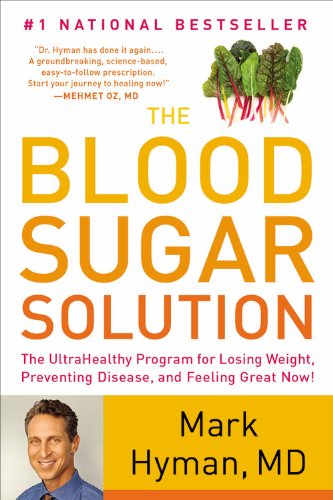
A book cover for The Blood Sugar Solution: The UltraHealthy Program for Losing Weight, Preventing Disease, and Feeling Great Now!; Mark Hyman; Medical Books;